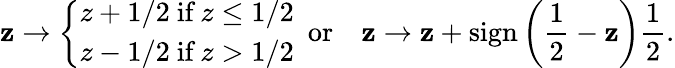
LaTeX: \mathbf{z}\to\left\{ \begin{array}{ll}{z+1/2\ \textrm{if}\ z\leq 1/2}\\ {z-1/2\ \textrm{if}\ z>1/2}\end{array}\right.\ \ \textrm{{or}}\quad\mathbf{z}\to\mathbf{z}+\textrm{{sign}}\left(\frac{{1}}{{2}}-\mathbf{z}\right)\frac{{1}}{{2}}.